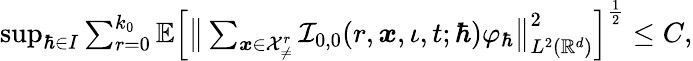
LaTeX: \begin{array}{r}{\operatorname*{sup}_{\hbar\in I}\sum_{r=0}^{k_{0}}\mathbb{E}\Big[\big\lVert\sum_{\boldsymbol{x}\in\mathcal{X}_{\neq}^{r}}\mathcal{I}_{0,0}(r,\boldsymbol{x},\iota,t;\hbar)\varphi_{\hbar}\big\rVert_{L^{2}(\mathbb{R}^{d})}^{2}\Big]^{\frac{1}{2}}\leq C,}\end{array}